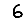
Digit: 6